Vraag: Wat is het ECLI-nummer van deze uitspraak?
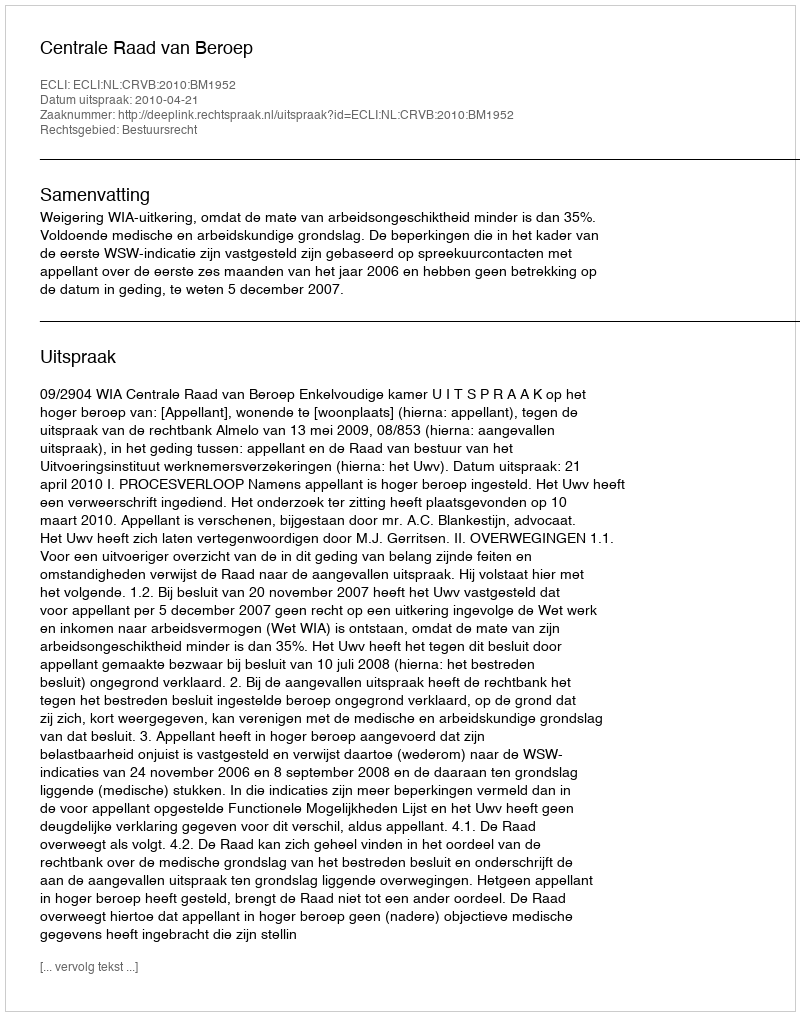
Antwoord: ECLI:NL:CRVB:2010:BM1952